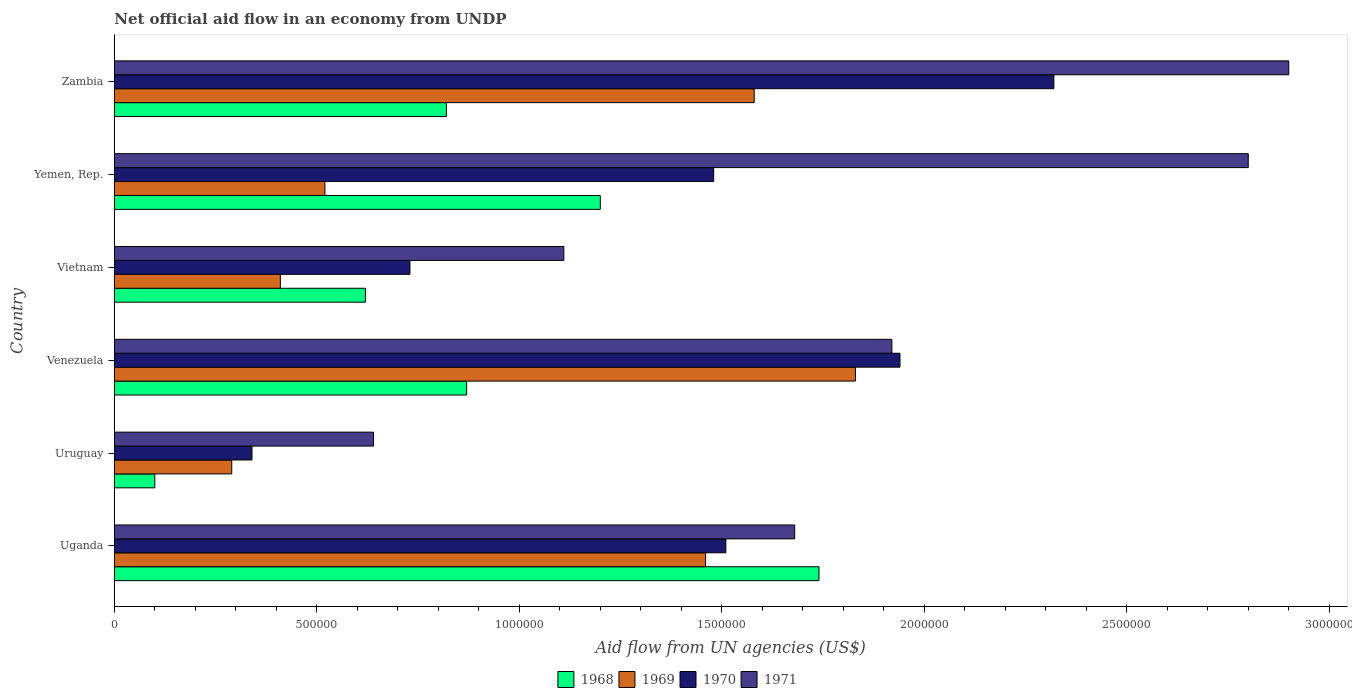
| Country | 1968 | 1969 | 1970 | 1971 |
 | --- | --- | --- | --- | --- |
 | Uganda | 1.74e+06 | 1.46e+06 | 1.51e+06 | 1.68e+06 |
 | Uruguay | 1e+05 | 2.9e+05 | 3.4e+05 | 6.4e+05 |
 | Venezuela | 8.7e+05 | 1.83e+06 | 1.94e+06 | 1.92e+06 |
 | Vietnam | 6.2e+05 | 4.1e+05 | 7.3e+05 | 1.11e+06 |
 | Yemen, Rep. | 1.2e+06 | 5.2e+05 | 1.48e+06 | 2.8e+06 |
 | Zambia | 8.2e+05 | 1.58e+06 | 2.32e+06 | 2.9e+06 |